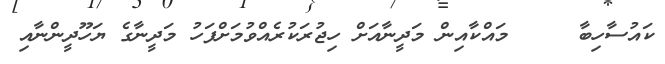
ކައުސާހިބާ     މައްކާއިން މަދީނާއަށް ހިޖުރަކުރެއްވުމަށްފަހު މަދީނާގެ ޔަހޫދީންނާއި